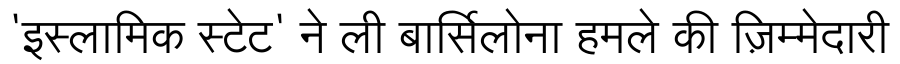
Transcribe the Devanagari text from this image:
'इस्लामिक स्टेट' ने ली बार्सिलोना हमले की ज़िम्मेदारी